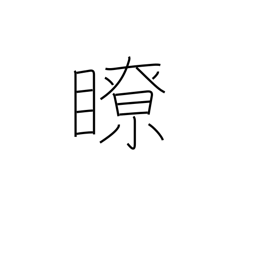
Meaning: clear